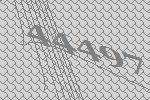
44497